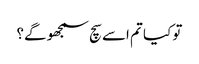
تو کیا تم اسے سچ سمجھو گے؟